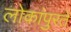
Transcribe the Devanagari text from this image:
लोकांपुरते